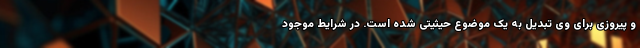
و پیروزی برای وی تبدیل به یک موضوع حیثیتی شده است. در شرایط موجود